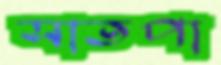
সাতপা